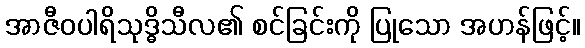
အာဇီဝပါရိသုဒ္ဓိသီလ၏ စင်ခြင်းကို ပြုသော အဟန်ဖြင့်။